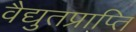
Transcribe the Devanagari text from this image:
वैद्युतप्राप्ति